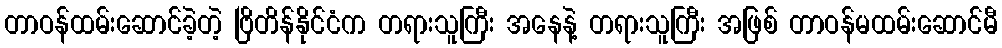
တာဝန်ထမ်းဆောင်ခဲ့တဲ့ ဗြိတိန်နိုင်ငံက တရားသူကြီး အနေနဲ့ တရားသူကြီး အဖြစ် တာဝန်မထမ်းဆောင်မီ